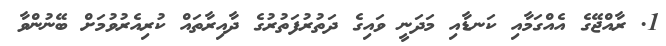
1. ރާއްޖޭގެ އެއްގަމާއި ކަނޑާއި މަދަނީ ވައިގެ ދަތުރުފަތުރުގެ ދާއިރާތައް ކުރިއެރުވުމަށް ބޭނުންވާ